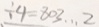
\div 4 = 8 0 3 \cdots 2